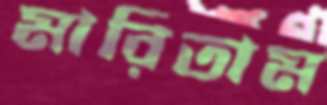
মারিতাম